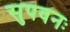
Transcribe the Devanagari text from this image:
सुपवनः